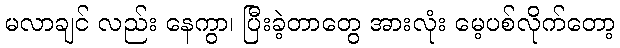
မလာချင် လည်း နေကွာ၊ ပြီးခဲ့တာတွေ အားလုံး မေ့ပစ်လိုက်တော့